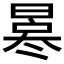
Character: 𠘀